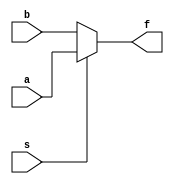
module mux_21_data(f,a,b,s);
	output f;
	input a,s,b;
	assign f= s?a:b;
endmodule